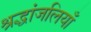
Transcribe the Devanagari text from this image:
श्रद्धांजलियाँ